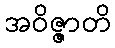
အဝိဇ္ဇာတိ